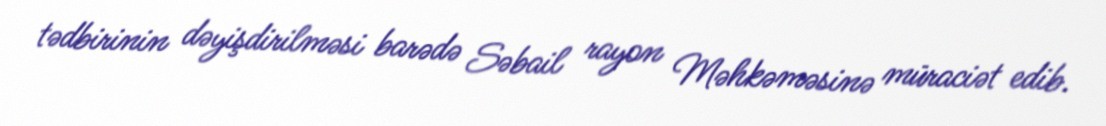
tədbirinin dəyişdirilməsi barədə Səbail rayon Məhkəməsinə müraciət edib.